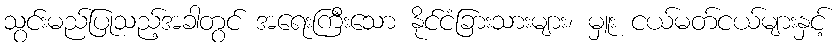
သွင်းမည်ပြုသည့်အခါတွင် အရေးကြီးသော နိုင်ငံခြားသားများ၊ မှူး ငယ်မတ်ငယ်များနှင့်